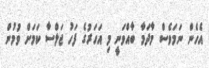
އެހެން ނަމަވެސް މާދަމާ ބާއްވަނީ މި އަހަރުގެ ފަހު ޖަލްސާ ކަމަށް ވުމުން